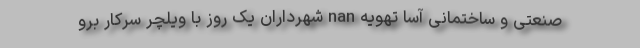
صنعتی و ساختمانی آسا تهویه nan شهرداران یک روز با ویلچر سرکار برو